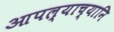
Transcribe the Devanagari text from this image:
आपल्याच्यानि